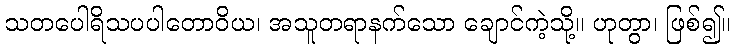
သတပေါရိသပပါတောဝိယ၊ အသူတရာနက်သော ချောင်ကဲ့သို့။ ဟုတွာ၊ ဖြစ်၍။